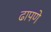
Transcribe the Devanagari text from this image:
ढापणे